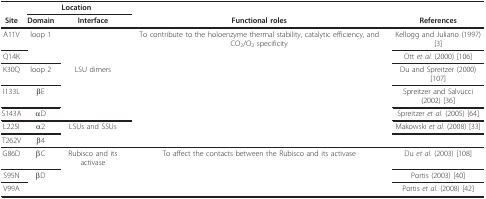
|  | <COLSPAN=2> Location |  |  |
 | Site | Domain | Interface | Functional roles | References |
 | --- | --- | --- | --- | --- |
 | A11V | loop 1 |  | To contribute to the holoenzyme thermal stability, catalytic efficiency, and CO2/O2 specificity | Kellogg and Juliano (1997) [3] |
 | Q14K |  |  |  | Ott et al. (2000) [106] |
 | K30Q | loop 2 | LSU dimers |  | Du and Spreitzer (2000) [107] |
 | I133L | βE |  |  | Spreitzer and Salvucci (2002) [36] |
 | S143A | αD |  |  | Spreitzer et al. (2005) [64] |
 | L225I | α2 | LSUs and SSUs |  | Makowski et al. (2008) [33] |
 | T262V | β4 |  |  |  |
 | G86D | βC | Rubisco and its activase | To affect the contacts between the Rubisco and its activase | Du et al. (2003) [108] |
 | S95N | βD |  |  | Portis (2003) [40] |
 | V99A |  |  |  | Portis et al. (2008) [42] |